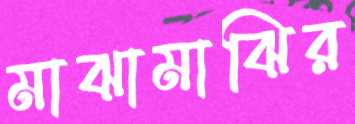
মাঝামাঝির